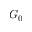
G _ { 0 }